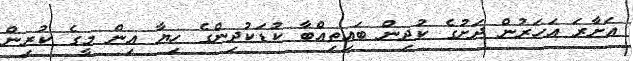
އަށާރަ އަހަރުން ދަށުގެ ކުދިން ބައިތިއްބާ ކުޑަކުދިންގެ ހިޔާ އިން މީގެ ކުރިން